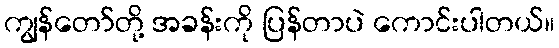
ကျွန်တော်တို့ အခန်းကို ပြန်တာပဲ ကောင်းပါတယ်။